Scottish Leaving Certificate Examination, 1954
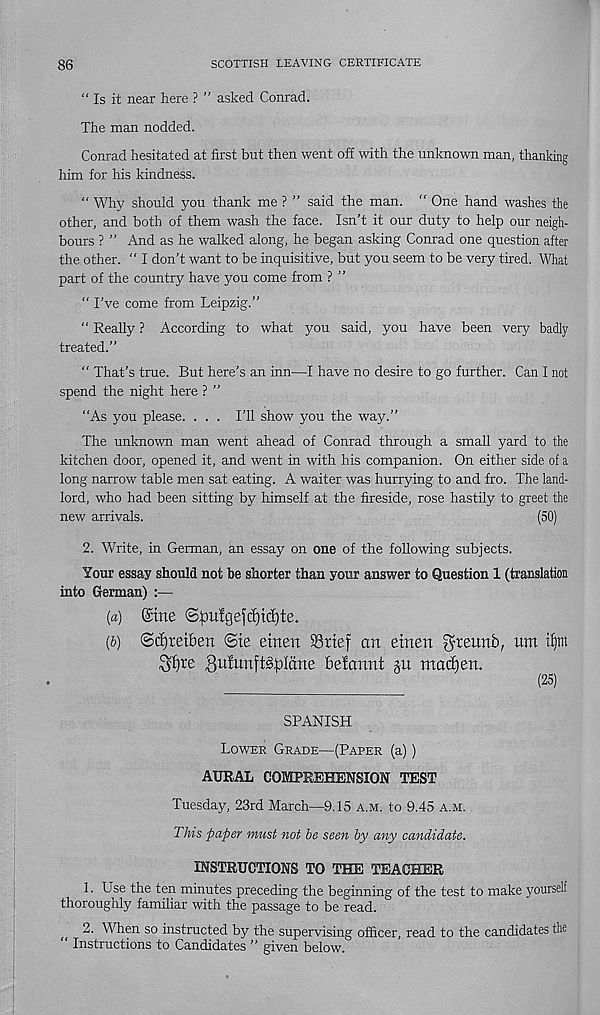
86
SCOTTISH LEAVING CERTIFICATE
" Is it near here ? ” asked Conrad.
The man nodded.
Conrad hesitated at first but then went off with the unknown man, thanking
him for his kindness.
“ Why should you thank me ? ” said the man. " One hand washes the
other, and both of them wash the face. Isn’t it our duty to help our neigh-
bours ? ” And as he walked along, he began asking Conrad one question after
the other. “ I don’t want to be inquisitive, but you seem to be very tired. What
part of the country have you come from ? ”
“ I’ve come from Leipzig.”
“ Really ? According to what you said, you have been very badly
treated.”
” That’s true. But here’s an inn—I have no desire to go further. Can I not
spend the night here ? ”
"As you please. ... I’ll show you the way.”
The unknown man went ahead of Conrad through a small yard to the
kitchen door, opened it, and went in with his companion. On either side of a
long narrow table men sat eating. A waiter was hurrying to and fro. The land-
lord, who had been sitting by himself at the fireside, rose hastily to greet the
new arrivals.
(50)
2. Write, in German, an essay on one of the following subjects.
Your essay should not be shorter than your answer to Question 1 (translation
into German) :—
(а) ©ine <S)Du!gefc^tcE)te.
(б) <Sd)ret6en @te etnert SSttef an etnen gfteunb, um tip
$ljte gu^nft^Iatte fcefartnt m madiert.
(25)
SPANISH
Lower Grade—(Paper (a))
AURAL COMPREHENSION TEST
Tuesday, 23rd March—9.15 a.m. to 9.45 a.m.
This paper must not he seen by any candidate.
INSTRUCTIONS TO THE TEACHER
1. Use the ten minutes preceding the beginning of the test to make yourself
thoroughly familiar with the passage to be read.
2. When so instructed by the supervising officer, read to the candidates the
“ Instructions to Candidates ” given below.